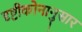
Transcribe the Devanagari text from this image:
दृष्टीकोनानुसार